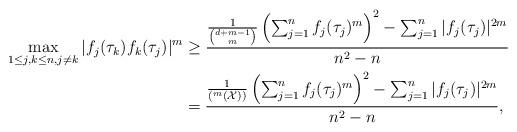
LaTeX: \begin{align*} \max _{1\leq j,k \leq n, j\neq k}|f_j(\tau_k)f_k(\tau_j)|^m&\geq \frac{\frac{1}{{d+m-1 \choose m}}\left(\sum_{j=1}^n f_j(\tau_j)^m\right)^2-\sum_{j=1}^n |f_j(\tau_j)|^{2m}}{n^2-n}\\ &=\frac{\frac{1}{(^m(\mathcal{X}))}\left(\sum_{j=1}^n f_j(\tau_j)^m\right)^2-\sum_{j=1}^n |f_j(\tau_j)|^{2m}}{n^2-n}, \end{align*}